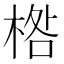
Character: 𣓌